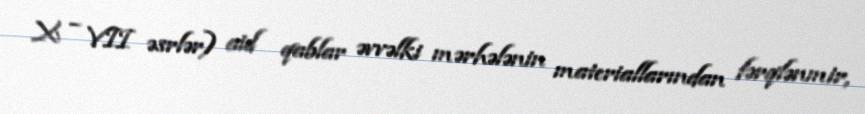
X – VII əsrlər) aid qablar əvvəlki mərhələnin materiallarından fərqlənmir,